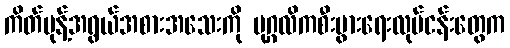
ကိတ်မုန့်အရွယ်အစားအသေးကို ပုဂ္ဂလိကစီးပွားရေးလုပ်ငန်းတွေက